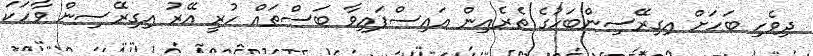
ދިވެހި ބަހަށް އިގިރޭސިންބަހުގެ ތެރެއިން އައިސްފައިވާ ބަސްތައް ހުރީ އޭރު އިގިރޭސިން ވާހަކަ